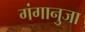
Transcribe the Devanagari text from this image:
गंगानुजा